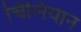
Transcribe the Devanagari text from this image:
चिलियान